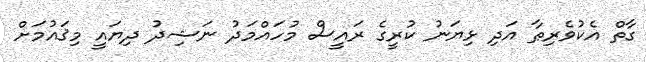
ގާތް އެކުވެރިޠާ އަދި ޅިޔަނު ކުރީގެ ރައީސް މުހައްމަދު ނަޝިދު ދިޔައީ މިޤައުމަށް